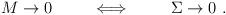
LaTeX: \begin{align*}M \rightarrow 0 \hskip 1 cm \Longleftrightarrow \hskip 1 cm \Sigma\rightarrow 0 \ .\end{align*}